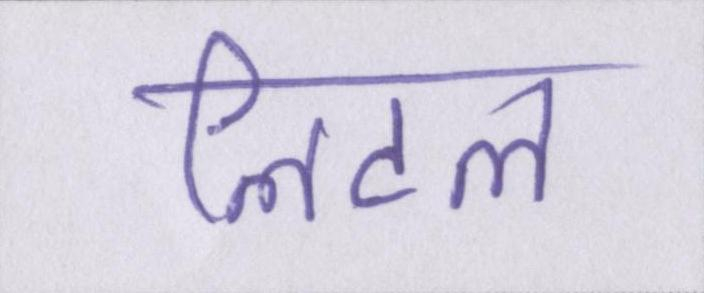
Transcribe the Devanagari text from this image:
लिटल